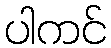
ပါကင်